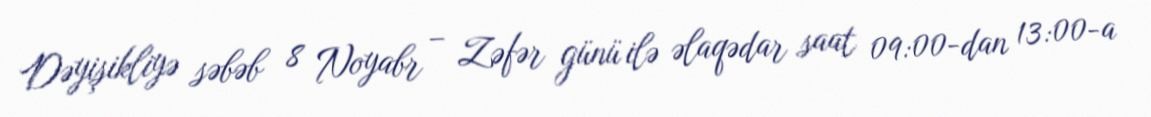
Dəyişikliyə səbəb 8 Noyabr – Zəfər günü ilə əlaqədar saat 09:00-dan 13:00-a